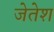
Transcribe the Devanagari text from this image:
जेतेश